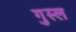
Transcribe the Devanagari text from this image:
गु़स्ल